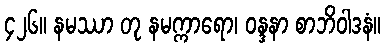
၄၂၆။ နမဿာ တု နမက္ကာရော၊ ဝန္ဒနာ စာဘိဝါဒနံ။